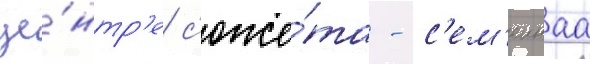
це́нтр'е с'юже́та - с'ем'еинаа